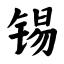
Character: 锡